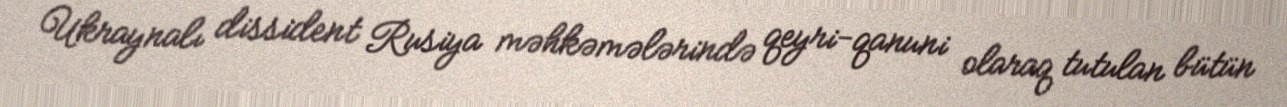
Ukraynalı dissident Rusiya məhkəmələrində qeyri-qanuni olaraq tutulan bütün